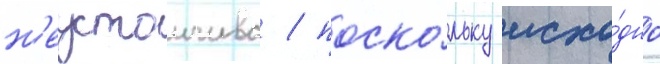
н'еустоичива / поско́льку исхо́дно